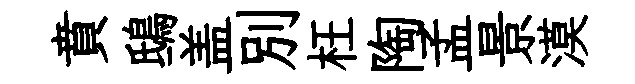
賁鴟盖别枉陶孟景漠